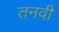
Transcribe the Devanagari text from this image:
तनवी